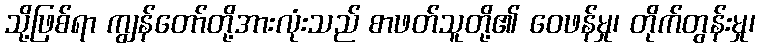
သို့ဖြစ်ရာ ကျွန်တော်တို့အားလုံးသည် စာဖတ်သူတို့၏ ဝေဖန်မှု၊ တိုက်တွန်းမှု၊